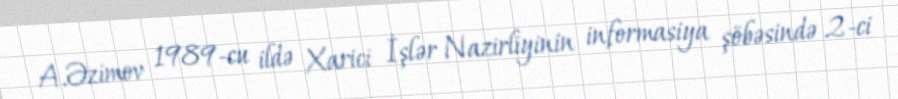
A.Əzimov 1989-cu ildə Xarici İşlər Nazirliyinin informasiya şöbəsində 2-ci